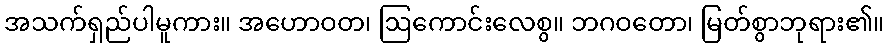
အသက်ရှည်ပါမူကား။ အဟောဝတ၊ ဩကောင်းလေစွ။ ဘဂဝတော၊ မြတ်စွာဘုရား၏။